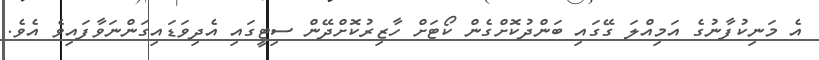
އެ މަނިކުފާނުގެ އަމިއްލަ ގޭގައި ބަންދުކޮށްގެން ކޯޓަށް ހާޒިރުކޮށްދޭން ސިޓީގައި އެދިވަޑައިގަންނަވާފައިވެ އެވެ.